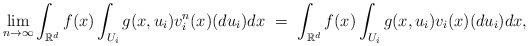
LaTeX: \begin{align*}\lim_{n \to \infty} \int_{\mathbb{R}^d} f(x) \int_{U_i} g(x, u_i) v^n_i(x)(du_i) dx \ = \ \int_{\mathbb{R}^d} f(x) \int_{U_i} g(x, u_i) v_i(x)(du_i) dx ,\end{align*}